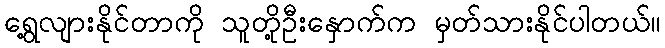
ရွေ့လျားနိုင်တာကို သူတို့ဦးနှောက်က မှတ်သားနိုင်ပါတယ်။